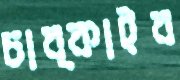
চাব্‌কাইব